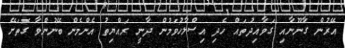
އޭރުން ގާނޫނާއި ގަވާއިދުތައް ހެދި އިސްލާހުވަމުން ދާނީ ރައްޔިތު އެންމެން ބޭނުންވާ ގޮތަށޭ